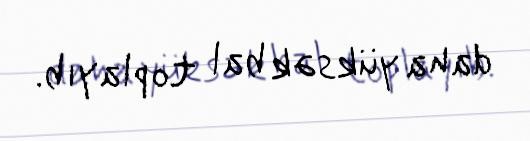
daha yüksək bal toplayıb.